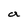
Character: a